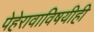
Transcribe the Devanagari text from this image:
पेहेरावाविषयीही